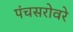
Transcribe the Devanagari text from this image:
पंचसरोवरे